V__Kingissepa_nim__kolhoos, lk 78
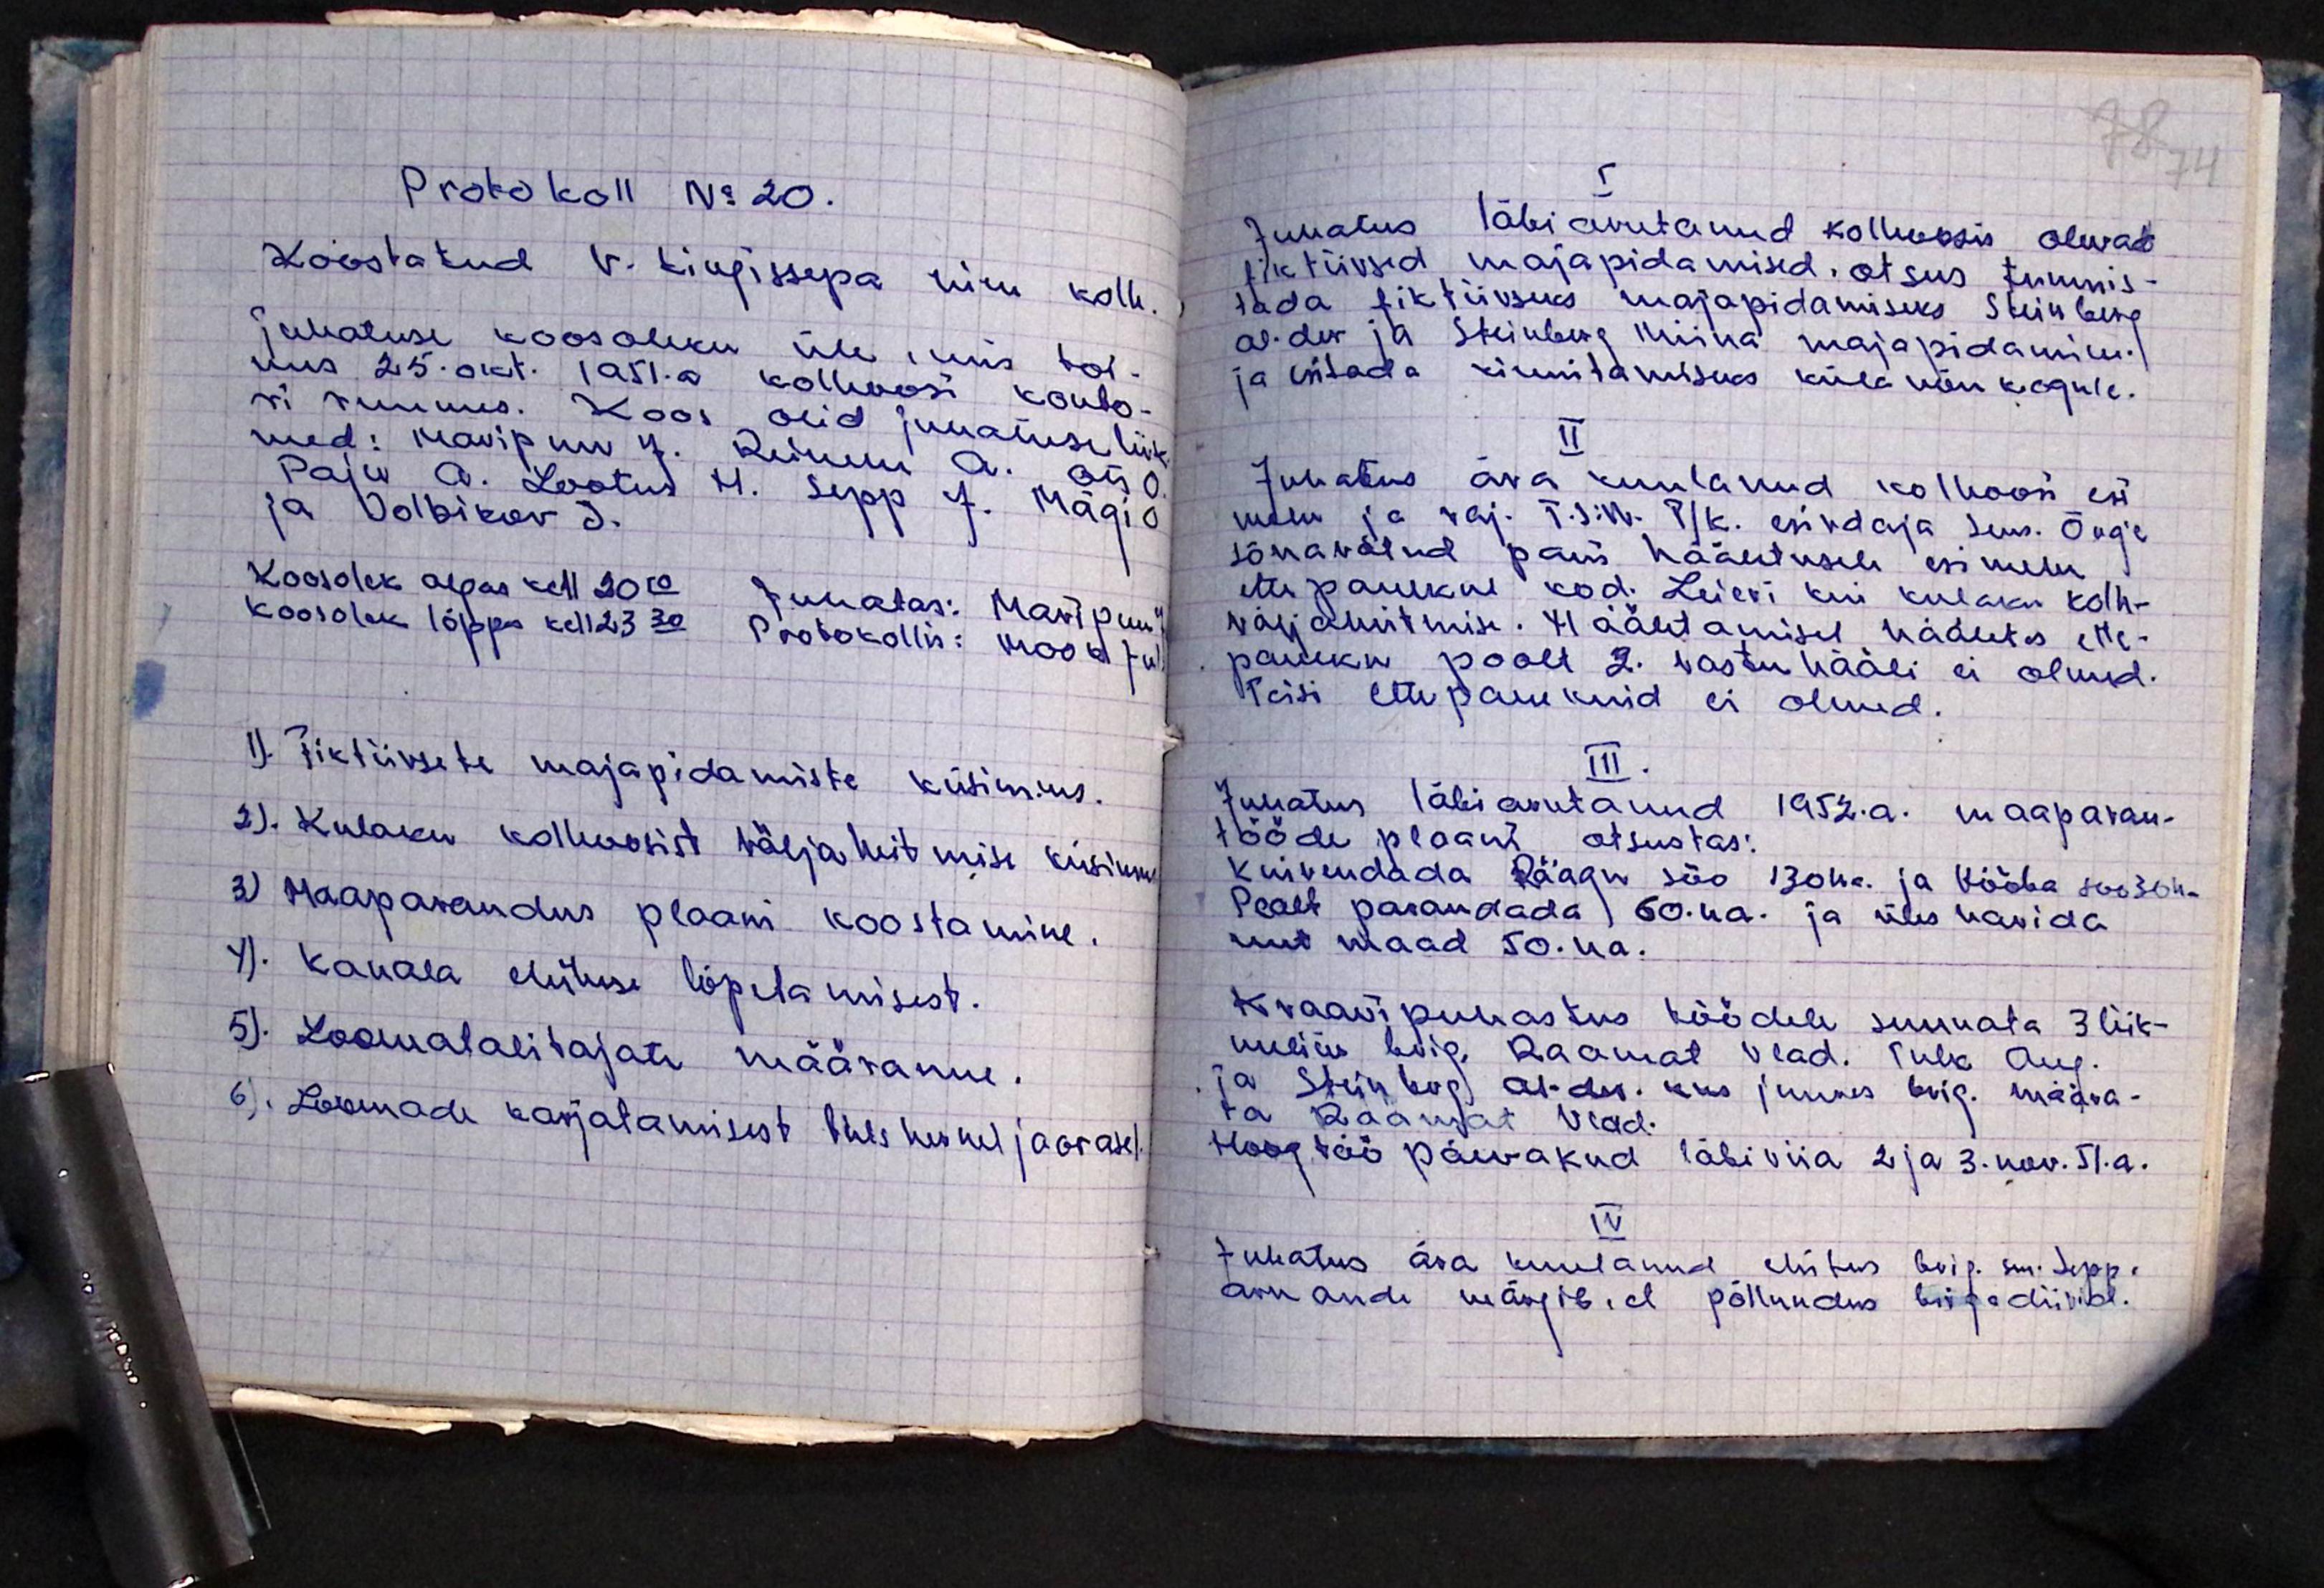
78 74

Protokoll No 20.
Koostatud V. Kingissepa nim. kolh.
juhatuse koosoleku üle mis toi-
mus 25. okt. 1951. a. kolhoosi konto-
ri ruumes. Koos olid juhatuse liik-
med: Maripuu J. Reinem A. Ots O.
Paju A. Lootus M. Sepp J. Mägi O
ja Dolbikov J.
Koosolek aegas kell 20.00 Juhatas: Maripuu
Koosolek lõppes kell 23.30 Protokollis: Mook J.
1). Fiktiivsete majapidamiste küsimus.
2). Kulaku kolhoosist väljaheitmise küsimus
3). Maaparandus plaani koostamine.
4). Kanala ehituse lõpetamisest.
5). Loomatalitajate määramine.
6). Loomade karjatamisest üheshuvul jaarase,

I
Juhatus läbiarutanud kolhoosis olevas
fiktiivsed majapidamised. otsus tunnis-
tada fiktiivseks majapidamiseks Steinberg
Al-der ja Steinberg Miina majapidamine
ja esitada kinnitamiseks külanõkogule.
II
Juhatus ära kuulanud kolhoosi esi-
mehe ja raj. T.S.N. P/K esindaja sms. Õng'e
sõnavõtud pani hääletusele esimehe
ette panekul kod. Leieri kui kulaku kolh-
väljaheitmise. Hääletamisel häältas ette-
paneku poolt 2. vastu hääli ei olnud.
Teisi ettepanekuid ei olnud.
III.
Juhatus läbiarutanud 1952.a. maaparan-
tööde plaani otsustas:
Kuivendada Räägu söo 130h. ja Vööba soo 30 h.
Pealt parandada 60. ha ja üles harida
uut maad 50. ha.
Kraavipuhastus töödele suunata 3 liik-
meline brig. Raamat Vlad. Tulk Aug.
ja Steinberg Al-der. kus juures brig. määra-
ta Raamat Vlad.
Hoog töö päevakud läbi viia 2 ja 3. nov. 51. a.
IV
Juhatus ära kuulanud ehitus brig. sm. Sepp.
aruande märgib, et põllundus brigadiirid.